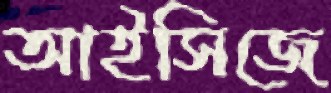
আইসিজে